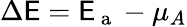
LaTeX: \Delta\mathsf{E}=\mathsf{E}_{\mathrm{{~a~}}}-\mu_{A}